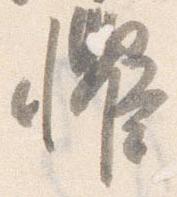
懼